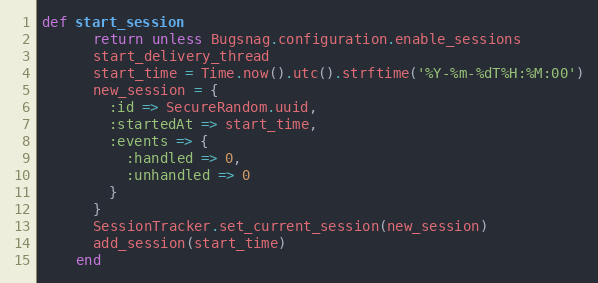
Language: Ruby
def start_session
      return unless Bugsnag.configuration.enable_sessions
      start_delivery_thread
      start_time = Time.now().utc().strftime('%Y-%m-%dT%H:%M:00')
      new_session = {
        :id => SecureRandom.uuid,
        :startedAt => start_time,
        :events => {
          :handled => 0,
          :unhandled => 0
        }
      }
      SessionTracker.set_current_session(new_session)
      add_session(start_time)
    end